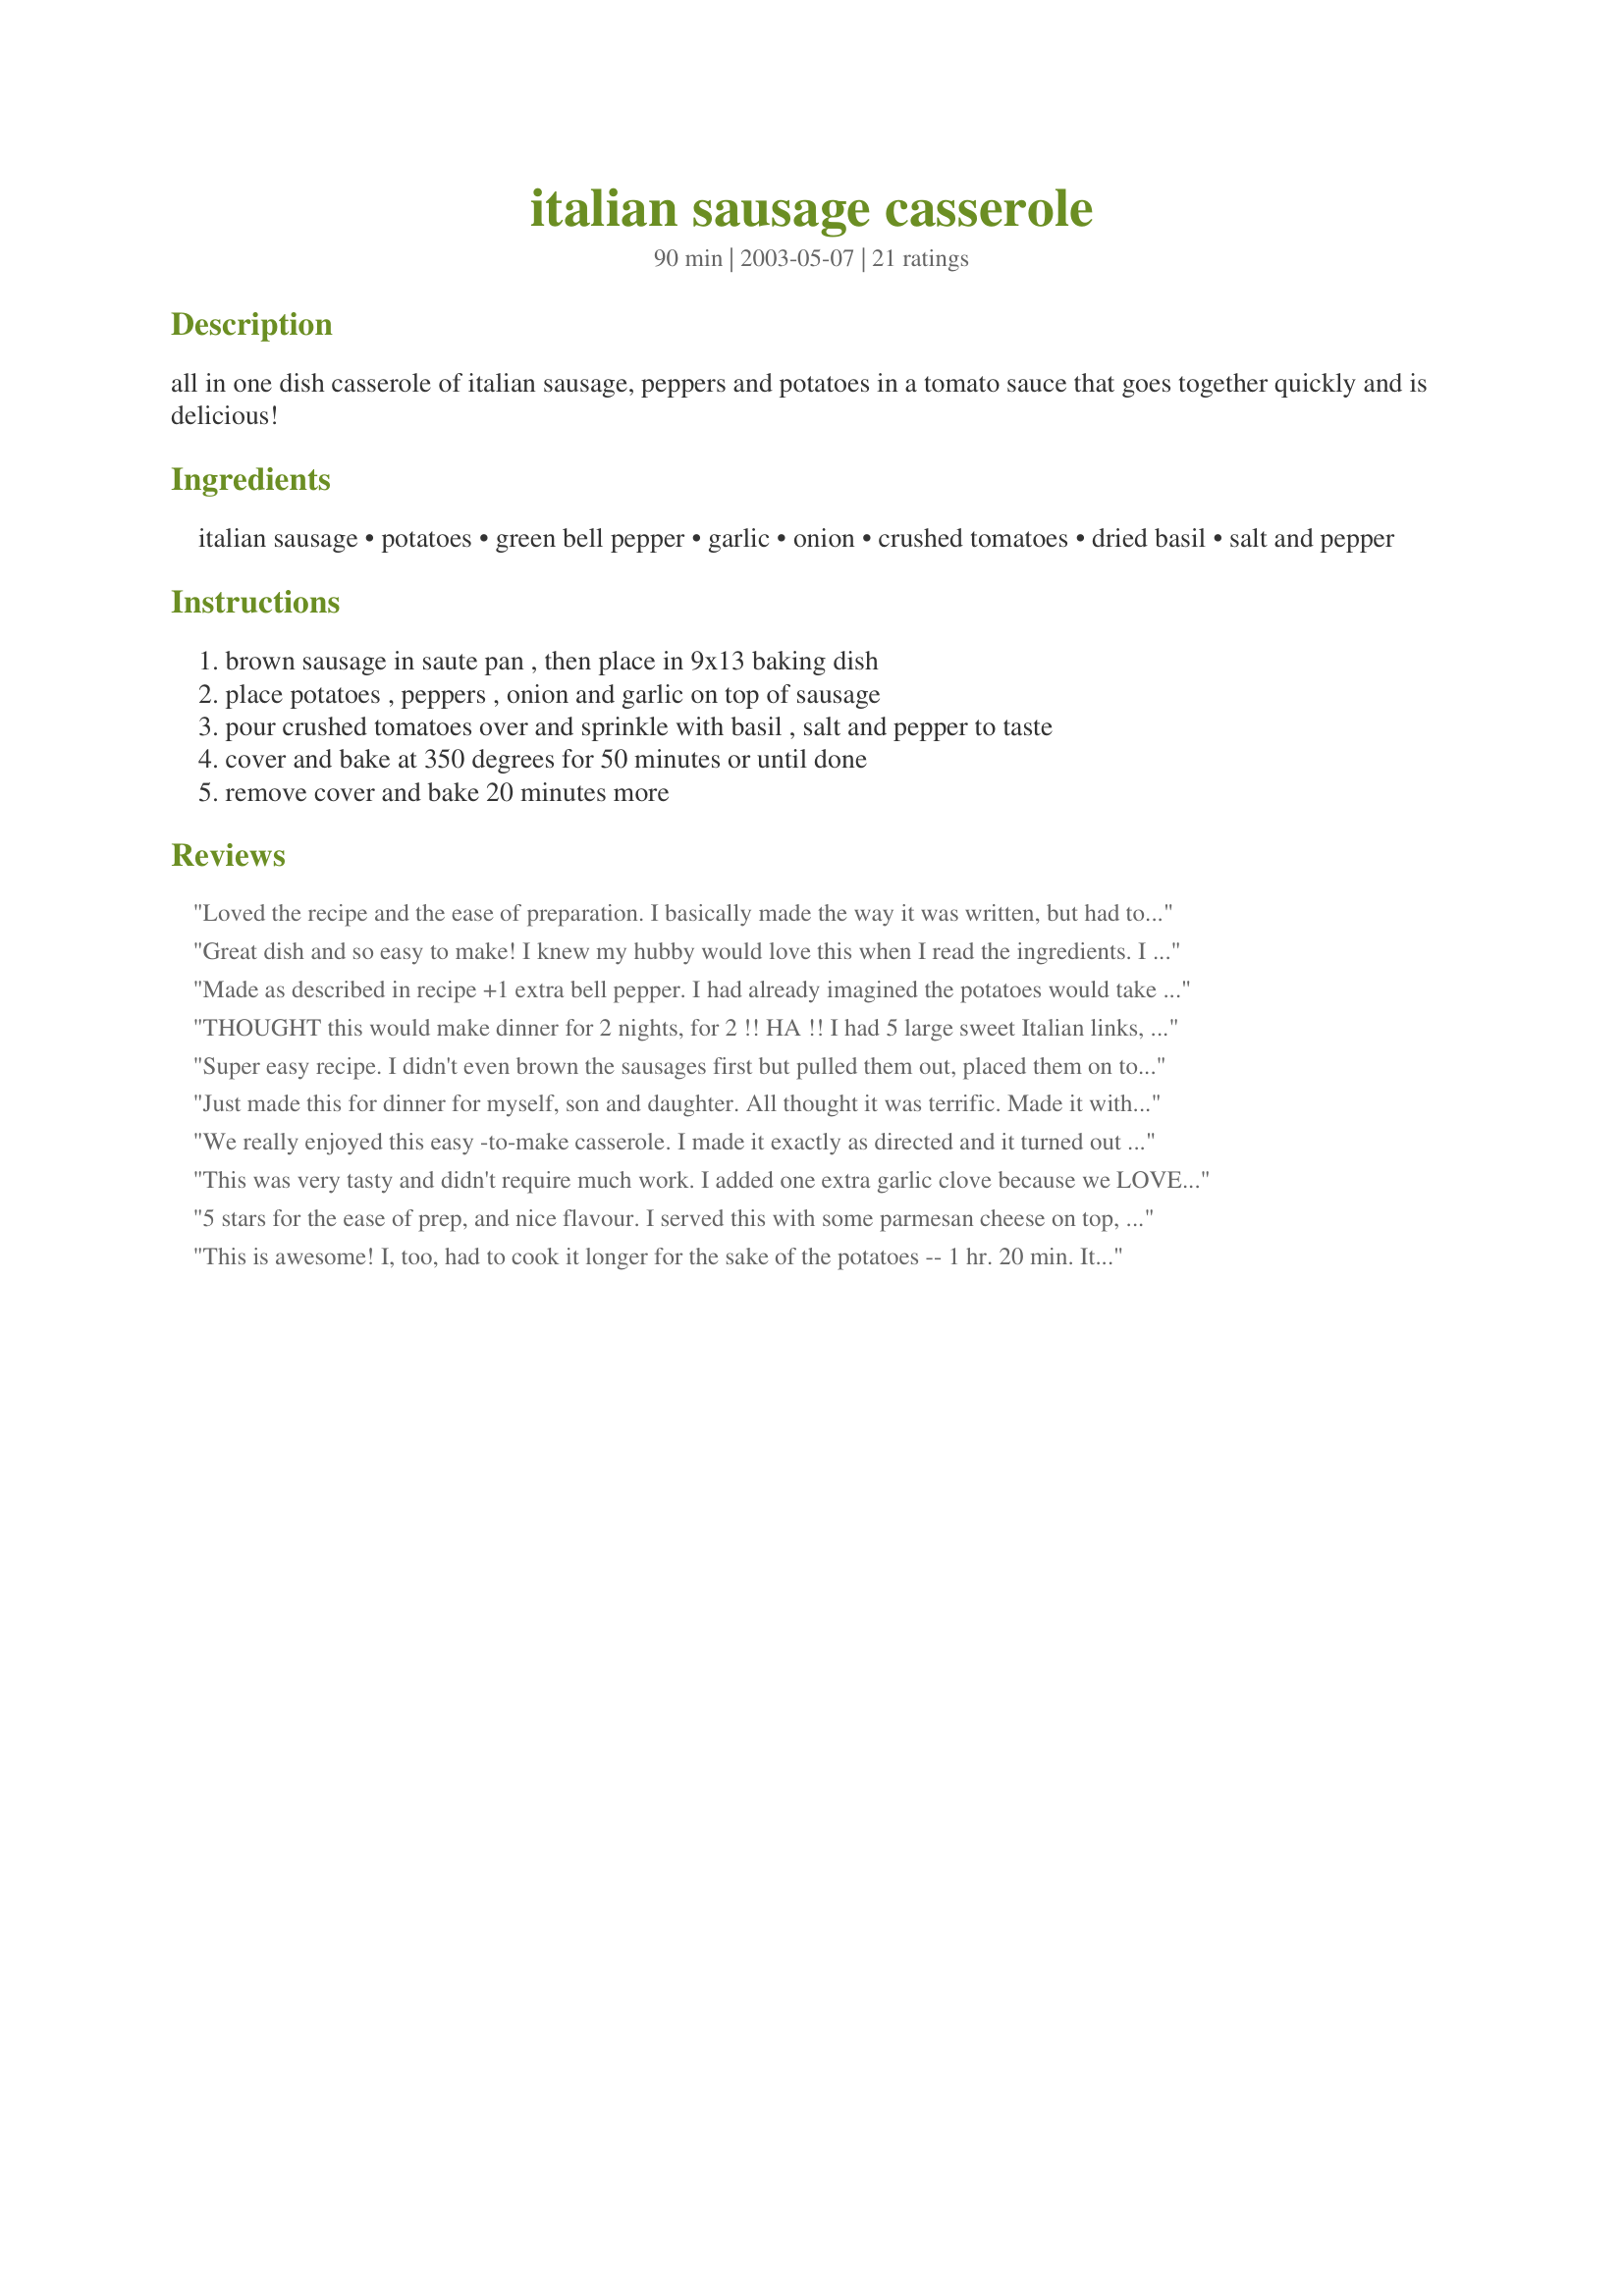
italian sausage casserole
Preparation time: 90 minutes

all in one dish casserole of italian sausage, peppers and potatoes in a tomato sauce that goes together quickly and is delicious!

Ingredients:
italian sausage, potatoes, green bell pepper, garlic, onion, crushed tomatoes, dried basil, salt and pepper

Steps:
brown sausage in saute pan , then place in 9x13 baking dish, place potatoes , peppers , onion and garlic on top of sausage, pour crushed tomatoes over and sprinkle with basil , salt and pepper to taste, cover and bake at 350 degrees for 50 minutes or until done, remove cover and bake 20 minutes more

Reviews:
Loved the recipe and the ease of preparation. I basically made the way it was written, but had to use a red bell pepper as I already had them in the crisper. Used fresh basil instead of the dried as I have it growing in my garden. My choice was the sweet Italian sausage this time.....dinner was excellent, thanks for posting.
Great dish and so easy to make! I knew my hubby would love this when I read the ingredients. I accidently bought a red and a green bell pepper at the store because I thought this recipe called for both when I read it earlier in the week. Thus, I went ahead and used them both. The only other change was using a 15 oz. can diced tomatoes instead of the larger can because that is all I had on hand. The flavors were great and my hubby told me to make sure I leave 5 stars for this review, and I agree. I'll definitely make this again. Thanks Marie for another winning recipe!
Made as described in recipe +1 extra bell pepper. I had already imagined the potatoes would take more time so cut them smaller. Our family will definitely be eating this again, possibly with some of the flairs mentioned in previous reviews.
 thank you very much for sharing this recipe.
THOUGHT this would make dinner for 2 nights, for 2 !! HA !! I had 5 large sweet Italian links, which I cut into 4 chunks each. After browning them in a tad of olive oil (they were VERY lean), i removed them and added potatoes, onion, and green pepper - just long enough to soak uo the juices, then popped that with the garlic, salt, pepper, and Adobo seasoning, on top of the sausage. I no longer had room for the large can of crushed tomatoes -- but DID have 1/2 jar of marinara to cover, and add basil. Baked as directed. After all that, DH so enjoyed it, (along with FRESH SWISS CHARD from the garden), that there is just enough for a side left --unless I add more "stuff". Thanks, Marie, for something a little different and certainly easy !
Super easy recipe. I didn't even brown the sausages first but pulled them out, placed them on top of the veggies after removing the foil and put them under the broiler for 5 minutes. I only show two sausages in the picture I removed the others so you can see the lovely veggies. I used 4 fresh tomatoes and a 1/2 cup of tomato juice instead of the canned, (they are ripe in the garden now and need using). Parmesan cheese on the table goes well to sprinkle over all. The sausages were Hot Italian and really shot flavor throught the veggies. Thanks marie great recipe
Just made this for dinner for myself, son and daughter. All thought it was terrific. Made it with two types of sausage; pork, tomato &amp; mozzarella and chicken &amp; mozarella Used passata and tomato pur&eacute;e, topped up with water to make the sauce, to which I added the garlic, salt black pepper, tsp dried oregano &amp; tsp dried basil. Used red, green and yellow peppers and added chopped mushrooms as well. Tip for potatoes; cut them into halves or thick slices, depending on size, and parboil them for 6 minutes before adding to the dish. Superb!
We really enjoyed this easy -to-make casserole. I made it exactly as directed and it turned out great! However, I used fresh pork sausage which I had in the refrigerator; it was good but I think using the Italian sausage as listed in the recipe will taste even better, so that's the way I'll be making it next time. Thanks for sharing your recipe!
This was very tasty and didn't require much work. I added one extra garlic clove because we LOVE garlic! Also, next time I will cut the potatoes a little smaller so they cook faster.
5 stars for the ease of prep, and nice flavour. I served this with some parmesan cheese on top, used a red pepper instead of green, and a can of diced tomatoes. Also used 1 tsp italian seasoning with the basil. I had to cook this for closer to 1 hour to get my potatoes tender enough. Thanks for posting!
This is awesome! I, too, had to cook it longer for the sake of the potatoes -- 1 hr. 20 min. It's great just the way it is, but I'm envisioning adding mushrooms, hot peppers and perhaps sauteed chicken when I have a crowd for dinner. Thanks Marie!
Nice comfort casserole. Little on the juicy side but next time I'll drain a litte of the juice first, not a big deal. I used hot sausage and fresh basil. Still, will make this again.
This was very good. Thanks for posting!
Marie, this was really good. I also added an 8 oz. pkg. of mushrooms and a zucchini that needed to be used up. This is an easy one dish meal that I will use again and again. Thanks Rita
I thought this was wonderful! I didn't have any leftovers at all. Even my fussy-eater son ate it.
WOW! Added 2 stalks of celery a little ex. garlic & used mild sausage. Cut my celery, onion & gr. pepper chunky & my potatoes a little smaller. Needed a deep casserole dish to prevent overflow of the liquid & for circulation. Had enough to feed an army, so guess what's for lunch. Delicious, thanks.
Excellent one-dish meal, Marie. I made it with no changes or additions and DS and I really enjoyed it. If you like Italian sausage you can't go wrong with this one! Thanks for posting.
This was great exactly what I had in mind for dinner. I made 2 adjusments from the original. First I cut it in half, because there are only 2 of us. Second I added a can of french styly green beans. It came out perfect.
My family loved the taste of this casserole and I loved how easy it was to throw together! AND anytime my super picky son will eat two helpings (besides dessert)--it gets five stars for sure! I lowered the fat by substituting hot turkey italian sausage (20 oz). I also only had 14 oz tomatoes, so I added 14 oz of marinara sauce. Like other reviewers, I also added zucchini and mushrooms (anything to sneak in extra veggies). Thanks for posting!
This recipe is definately a keeper!!! I used German Sausage because that is what we had on hand, and prepared exactly as stated.I used red potatoes, and sliced them with the skins on. We were concerned about the amount of liquid in the recipe, because other than the crushed tomatoes, there is none, but this turned out delicious!!!! Thank You!!!
A great dish and all of the ingredients are something that I always have on hand. The flavor blends well and no changes was needed.
Sorry I have to be the lone dissenter here, but my family did not care for this too much. It tasted too tomato-saucy for us. I guess I was hoping more for spaghetti sauce flavor, where the spices are infused into the sauce. I should have realized that a longer cooking time would be required for this. I actually think this would work better for us by just leaving the tomato out altogether.
